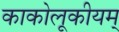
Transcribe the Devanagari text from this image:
काकोलूकीयम्